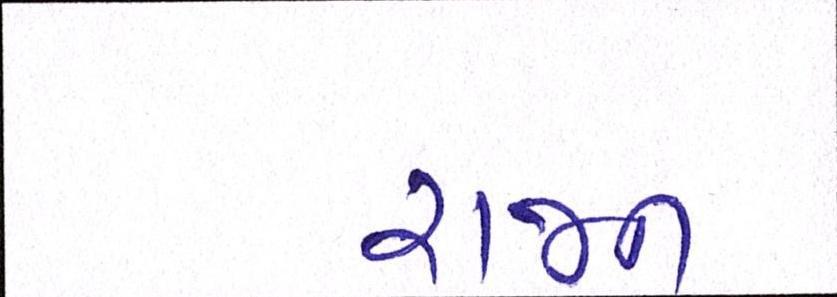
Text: રાજન